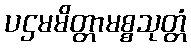
ပဌမမိတ္တာမစ္စသုတ္တံ